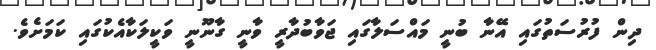
ދިން ފުރުސަތުގައި އޭނާ ބުނީ މައްސަލާގައި ޖަވާބުދާރީ ވާނީ ގާނޫނީ ވަކީލަކާއެކުގައި ކަމަށެވެ.